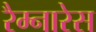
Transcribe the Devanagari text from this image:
रैम्नारेस